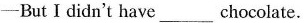
-But Ⅰ didn't have___chocolate.